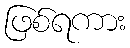
ဖြစ်ရကား